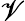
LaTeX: \mathscr{V}